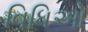
વિધિઓ